system: You are a helpful assistant.
user:
Analyze the provided spectrum to determine if it is a **S-type Star**.

- **Key Indicators for S-type Star:**

    - **(Overall Spectrum Shape):** The first and most obvious characteristic is the overall continuum (the "baseline" shape). It is **extremely "red-sloping,"** meaning the flux (light intensity) is very low on the left side (blue, ~4000-4500 Å) and rises steeply and continuously toward the right side (red, ~7000 Å+).

    - **(Primary):** The spectrum is defined by the presence of strong, broad molecular absorption "valleys" (bands) from **Zirconium Oxide (ZrO)**. The identification of these bands is the **primary requirement** for classifying a star as S-type.
        - **(Key Bandheads):** You must find distinct, deep "dips" where the light has been absorbed. The most critical band systems to locate are:
            - **~6474 Å** ($\gamma$-system): This is often the strongest and clearest ZrO feature, found in the red part of the spectrum.
            - **~5718 Å** & **~5551 Å** ($\beta$-system): A pair of prominent absorption features in the yellow-orange part of the spectrum.
            - **~4640 Å** ($\alpha$-system): A key absorption band system in the blue-green region of the spectrum.

    - **(Secondary Confirmation):** The classification is strengthened by finding additional absorption bands from other related heavy element oxides, which are expected to be present alongside ZrO.
        - **(Key Bandheads):**
            - **Yttrium Oxide (YO):** Look for absorption dips near **~4800 Å** and **~6100 Å**.
            - **Lanthanum Oxide (LaO):** Additional absorption features, particularly in the red-orange part of the spectrum, are also characteristic.

    - **(Line Profile):** The combination of the steep red continuum and these numerous, deep molecular bands (ZrO, YO, etc.) gives the entire spectrum a very **"chopped-up"** or **"bumpy"** appearance. Instead of a smooth curve, the spectrum looks as though large, wide chunks of light have been "carved out" of it at the specific wavelengths listed above.

Think first, call **spectral_visualization_tool** if needed to examine features in detail, then provide your final answer. Your response must adhere to the following strict rules:
1.  **Overall Structure:** Your response must follow the format `<think>...</think> <tool_call>...</tool_call> (if a tool is used) <answer>...</answer>`.
2.  **Tool Usage Constraint:** You may only make **one** tool call per turn.
3.  **Final Answer Format:** In the `<answer>` tag, your conclusion must be inside a `\boxed{}` command (e.g., `\boxed{YES}` or `\boxed{NO}`), followed by your justification.

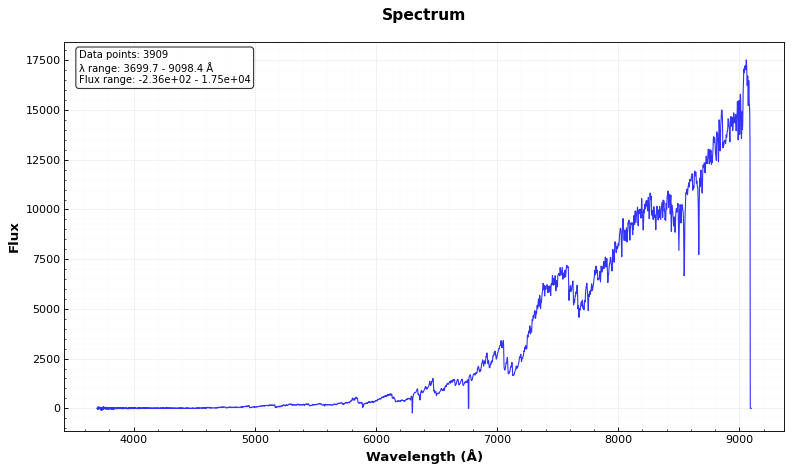
Answer: YES